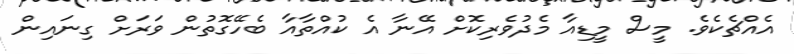
އެއްޗެކެވެ. މީސް މީޑިއާ މެދުވެރިކޮށް އޭނާ އެ ކުއްތާއާ ބެހޭގޮތުން ވަަރަށް ގިނައިން